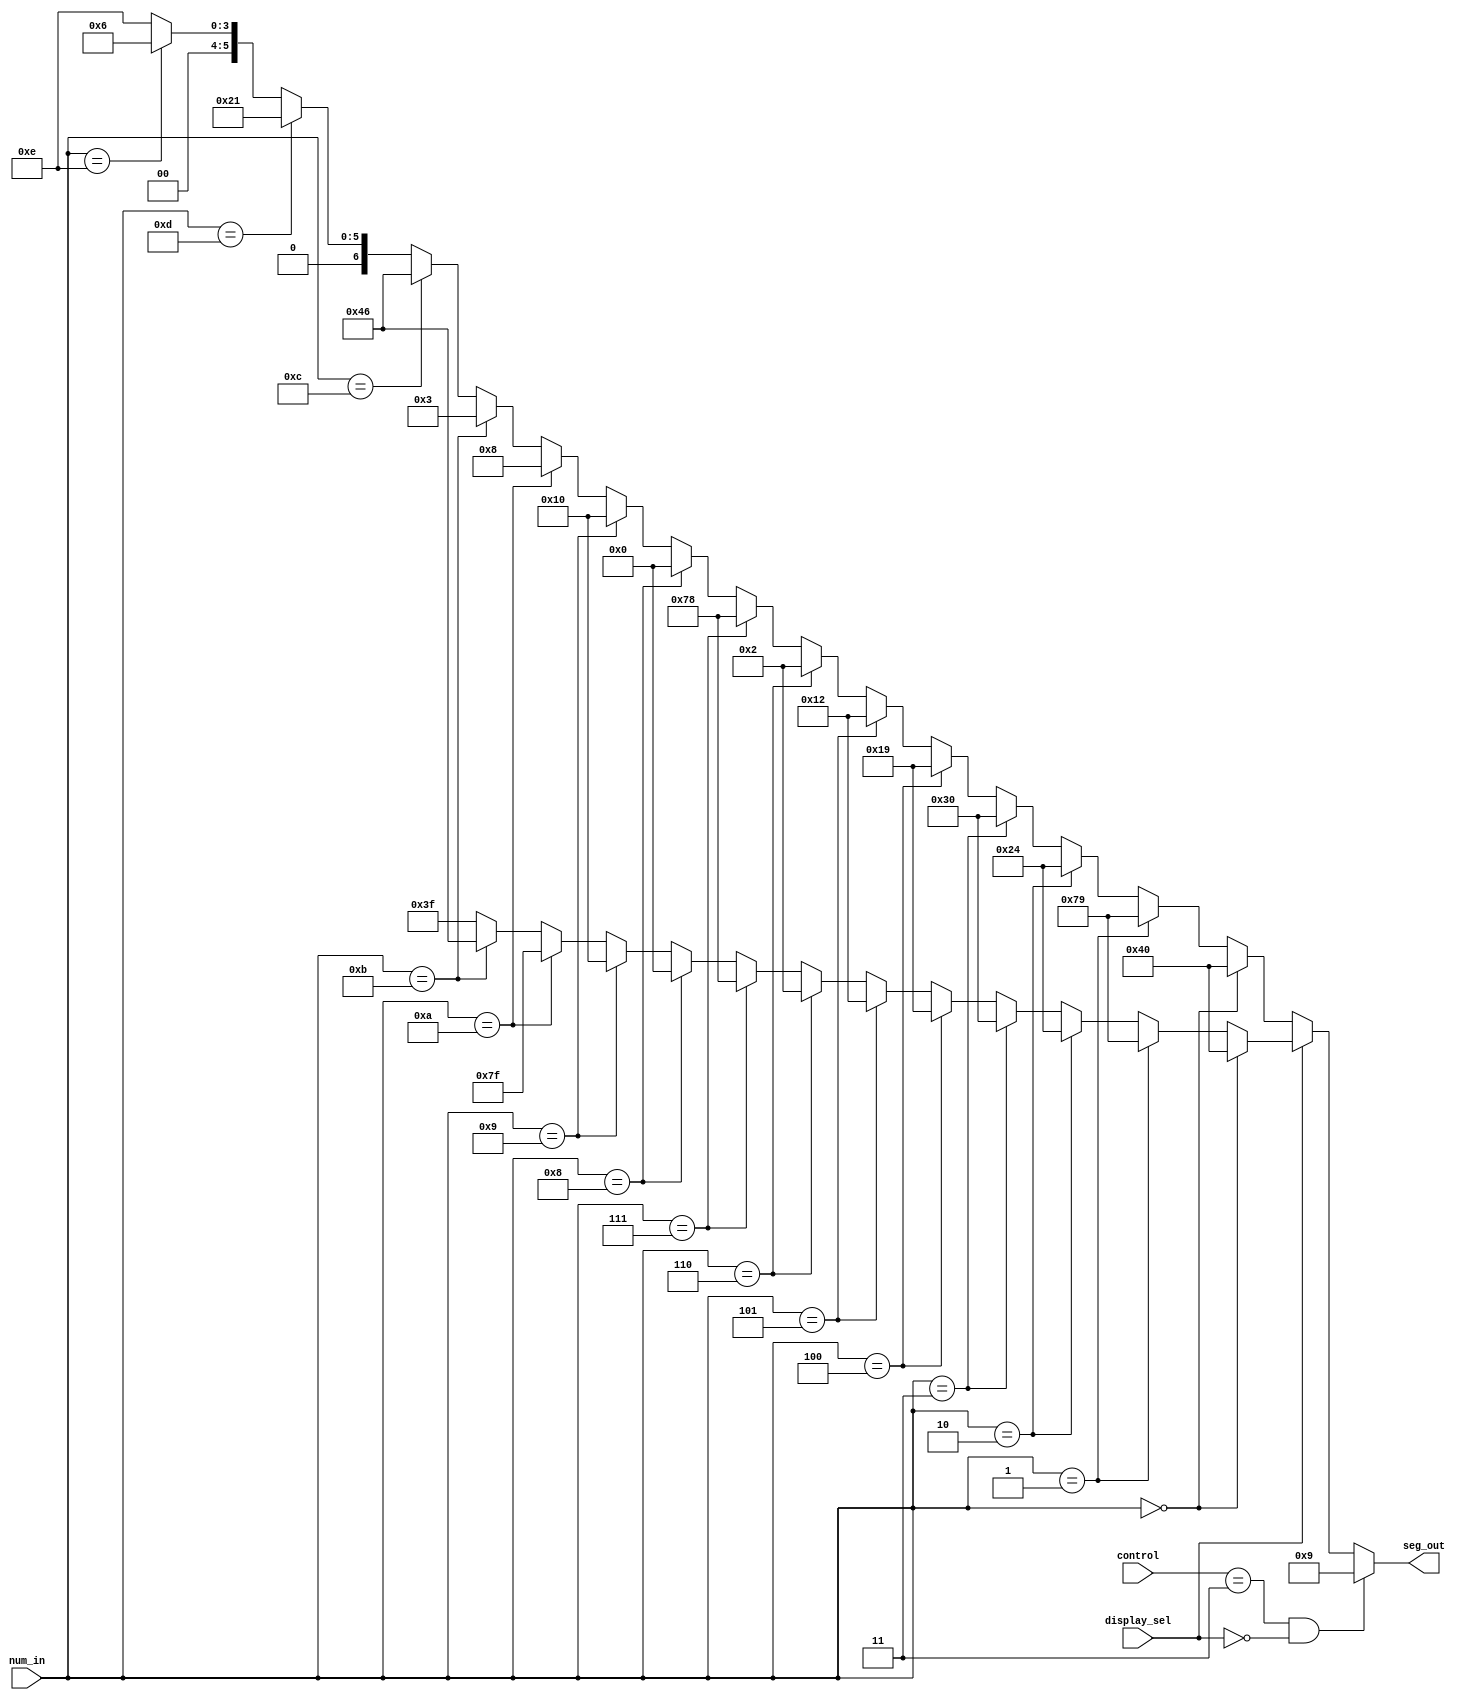
module seven_seg_decoder_1(
		num_in,
		control,
		seg_out,
		display_sel
);
			input [3:0]  num_in;
			input [1:0]  control;
			output [6:0] seg_out;
			input        display_sel;
			wire [6:0]   seg_out_bcd;
			wire [6:0]   seg_out_hex;
			wire [6:0]   seg_out_buf;
			assign seg_out = (control == 2'b11 & display_sel == 1'b0) ? 7'b0001001 : seg_out_buf;
			assign seg_out_buf = (display_sel == 1'b1) ? seg_out_bcd : seg_out_hex;
			assign seg_out_bcd = (num_in == 4'b0000) ? 7'b1000000 : 		
										(num_in == 4'b0001) ? 7'b1111001 : 		
										(num_in == 4'b0010) ? 7'b0100100 : 		
										(num_in == 4'b0011) ? 7'b0110000 : 		
										(num_in == 4'b0100) ? 7'b0011001 : 		
										(num_in == 4'b0101) ? 7'b0010010 : 		
										(num_in == 4'b0110) ? 7'b0000010 : 		
										(num_in == 4'b0111) ? 7'b1111000 : 		
										(num_in == 4'b1000) ? 7'b0000000 : 		
										(num_in == 4'b1001) ? 7'b0010000 : 		
										(num_in == 4'b1010) ? 7'b1111111 : 		
										(num_in == 4'b1011) ? 7'b1000110 : 		
										7'b0111111;										
			assign seg_out_hex = (num_in == 4'b0000) ? 7'b1000000 : 		
										(num_in == 4'b0001) ? 7'b1111001 : 		
										(num_in == 4'b0010) ? 7'b0100100 : 		
										(num_in == 4'b0011) ? 7'b0110000 : 		
										(num_in == 4'b0100) ? 7'b0011001 : 		
										(num_in == 4'b0101) ? 7'b0010010 : 		
										(num_in == 4'b0110) ? 7'b0000010 : 		
										(num_in == 4'b0111) ? 7'b1111000 : 		
										(num_in == 4'b1000) ? 7'b0000000 : 		
										(num_in == 4'b1001) ? 7'b0010000 : 		
										(num_in == 4'b1010) ? 7'b0001000 : 		
										(num_in == 4'b1011) ? 7'b0000011 : 		
										(num_in == 4'b1100) ? 7'b1000110 : 		
										(num_in == 4'b1101) ? 7'b0100001 : 		
										(num_in == 4'b1110) ? 7'b0000110 : 		
										7'b0001110;										
endmodule